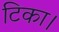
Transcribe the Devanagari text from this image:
टिका।